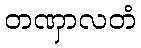
တဏှာလတံ